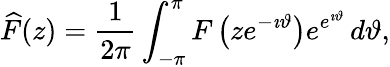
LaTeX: {\widehat{F}}(z)={\frac{1}{2\pi}}\int_{-\pi}^{\pi}F\left(ze^{-\imath\vartheta}\right)e^{e^{\imath\vartheta}}\, d\vartheta,